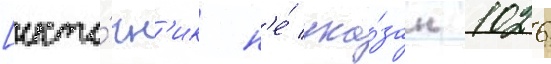
[исто́чн'ик н'е́ ука́зан 1026